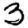
Digit: 3